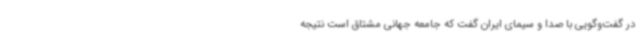
در گفت‌وگویی با صدا و سیمای ایران گفت که جامعه جهانی مشتاق است نتیجه